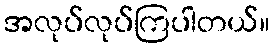
အလုပ်လုပ်ကြပါတယ်။